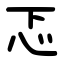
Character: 忑